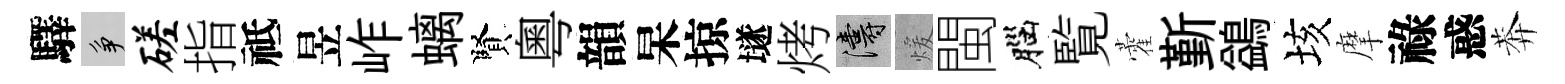
驛争磋指祗昱岞螭賢粵韻杲掠𡑞烤濤煖閩腦覧藿斳鷁垓摩祿惑莾